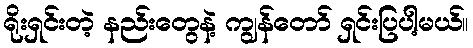
ရိုးရှင်းတဲ့ နည်းတွေနဲ့ ကျွန်တော် ရှင်းပြပါ့မယ်။